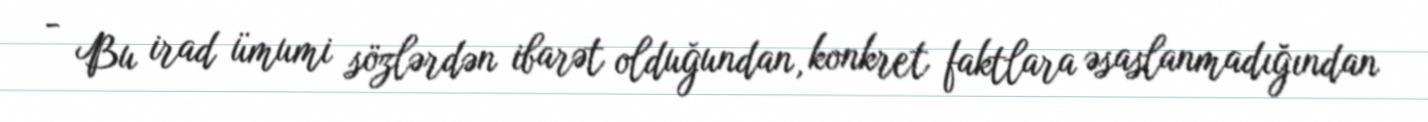
- Bu irad ümumi sözlərdən ibarət olduğundan, konkret faktlara əsaslanmadığından